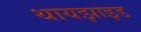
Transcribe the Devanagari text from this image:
थायझाइड